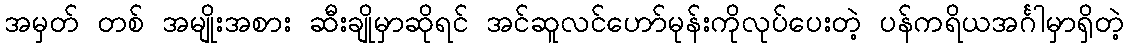
အမှတ် တစ် အမျိုးအစား ဆီးချိုမှာဆိုရင် အင်ဆူလင်ဟော်မုန်းကိုလုပ်ပေးတဲ့ ပန်ကရိယအင်္ဂါမှာရှိတဲ့